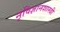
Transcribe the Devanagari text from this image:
नृविज्ञानशास्त्री